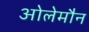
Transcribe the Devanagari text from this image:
ओलेमौन